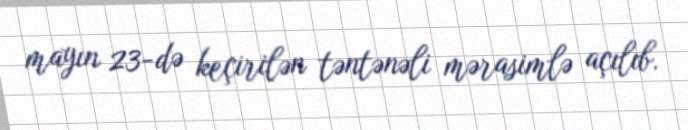
mayın 23-də keçirilən təntənəli mərasimlə açılıb.